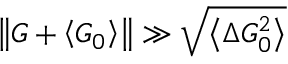
\left\Vert \boldsymbol { G } + \left\langle \boldsymbol { G } _ { 0 } \right\rangle \right\Vert \gg \sqrt { \left\langle \Delta G _ { 0 } ^ { 2 } \right\rangle }